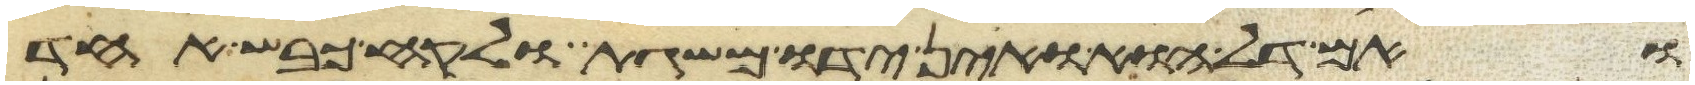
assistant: ואם דל הוא ואין ידו משגת ולקח כבש אחד